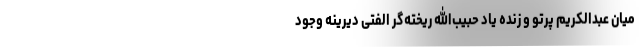
میان عبدالکریم پرتو و زنده یاد حبیب‌الله ریخته‌گر الفتی دیرینه وجود